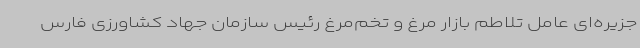
جزیره‌ای عامل تلاطم بازار مرغ و تخم‌مرغ رئیس سازمان جهاد کشاورزی فارس